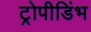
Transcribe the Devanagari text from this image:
ट्रोपीडिंभ